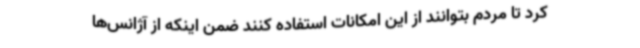
کرد تا مردم بتوانند از این امکانات استفاده کنند ضمن اینکه از آژانس‌ها